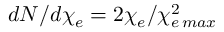
d N / d \chi _ { e } = 2 \chi _ { e } / \chi _ { e \, m a x } ^ { 2 }